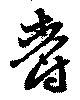
爵